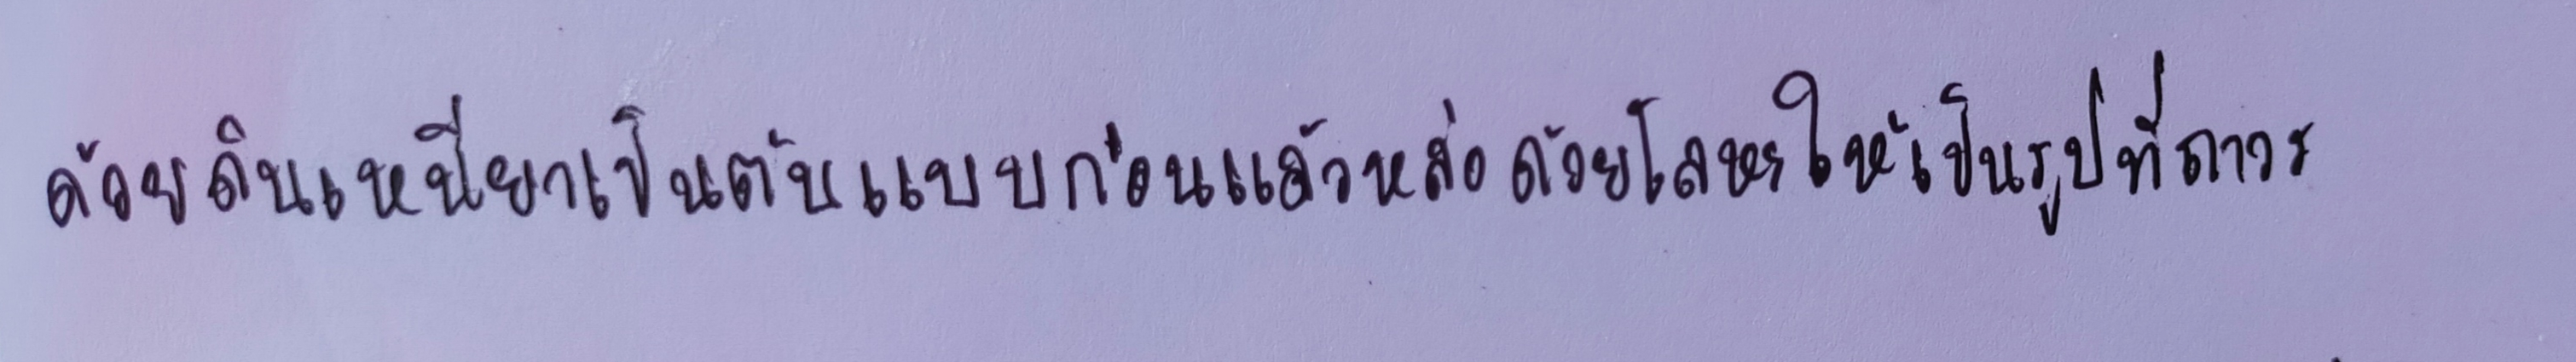
ด้วยดินเหนียวเป็นต้นแบบก่อนแล้วหล่อด้วยโลหะให้เป็นรูปที่ถาวร